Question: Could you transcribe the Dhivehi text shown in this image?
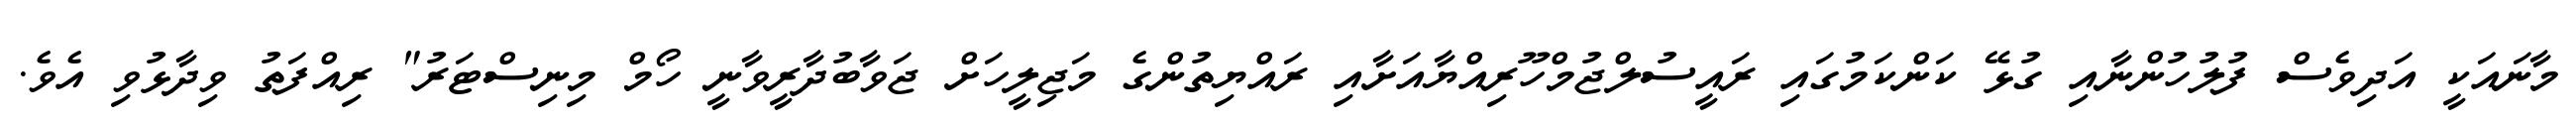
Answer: މާނައަކީ އަދިވެސް ފުލުހުންނާއި ގުޅޭ ކަންކަމުގައި ރައީސުލްޖުމްހޫރިއްޔާއަށާއި ރައްޔިތުންގެ މަޖިލީހަށް ޖަވާބުދާރީވާނީ ހޯމް މިނިސްޓަރު" ރިއްފަތު ވިދާޅުވި އެވެ.